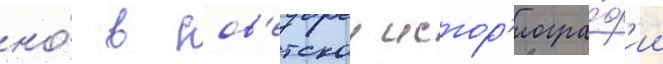
но́ в сов'етскои истор'иогра́ф'ии